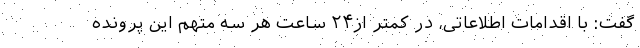
گفت: با اقدامات اطلاعاتی، در کمتر از۲۴ ساعت هر سه متهم این پرونده